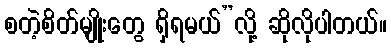
စတဲ့စိတ်မျိုးတွေ ရှိရမယ်”လို့ ဆိုလိုပါတယ်။